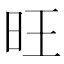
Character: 旺